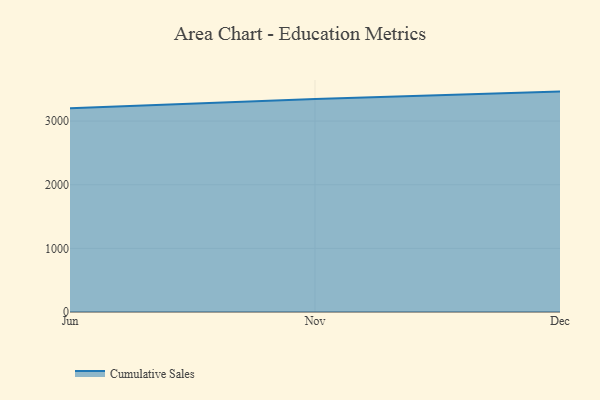
{"axis": {"x": "Month", "y": "Conversion Rate (%)"}, "legend": ["Cumulative Sales"], "data": [{"x": "Jun", "y": 3200.7, "type": "Cumulative Sales"}, {"x": "Nov", "y": 3346.8, "type": "Cumulative Sales"}, {"x": "Dec", "y": 3463.8, "type": "Cumulative Sales"}]}